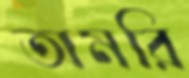
অমরি